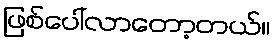
ဖြစ်ပေါ်လာတော့တယ်။